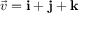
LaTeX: { \vec { v } } = \mathbf { i } + \mathbf { j } + \mathbf { k }